Indian journal of veterinary science and animal husbandry - Volume 8,
Year: 1938
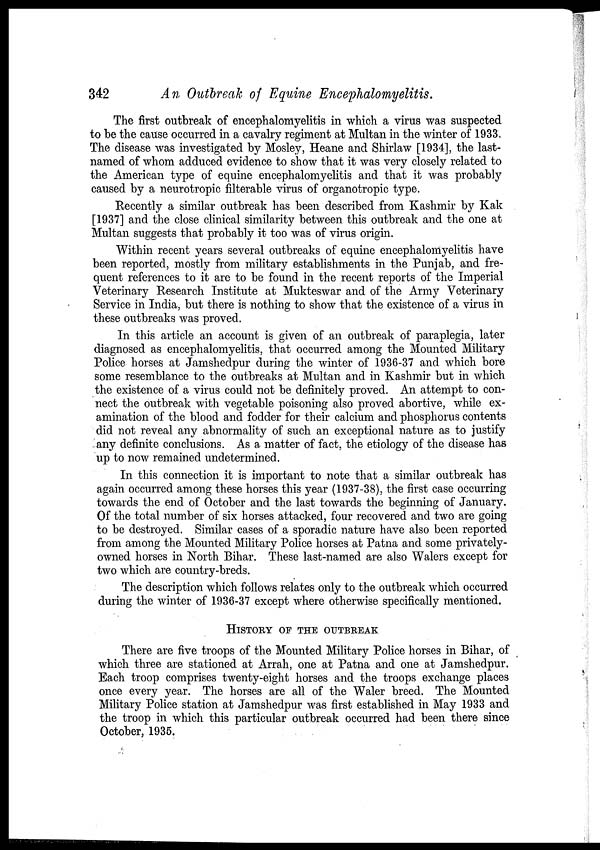
342
An Outbreak of Equine Encephalomyelitis.
The first outbreak of encephalomyelitis in which a virus was suspected
to be the cause occurred in a cavalry regiment at Multan in the winter of 1933
The disease was investigated by Mosley, Heane and Shirlaw [1934], the last-
named of whom adduced evidence to show that it was very closely related to
the American type of equine encephalomyelitis and that it was probably
caused by a neurotropic filterable virus of organotropic type.
Recently a similar outbreak has been described from Kashmir by Kak
[1937] and the close clinical similarity between this outbreak and the one at
Multan suggests that probably it too was of virus origin.
Within recent years several outbreaks of equine encephalomyelitis have
been reported, mostly from military establishments in the Punjab, and fre-
quent references to it are to be found in the recent reports of the Imperial
Veterinary Research Institute at Mukteswar and of the Army Veterinary
Service in India, but there is nothing to show that the existence of a virus in
these outbreaks was proved.
In this article an account is given of an outbreak of paraplegia, later
diagnosed as encephalomyelitis, that occurred among the Mounted Military
Police horses at Jamshedpur during the winter of 1936-37 and which bore
some resemblance to the outbreaks at Multan and in Kashmir but in which
the existence of a virus could not be definitely proved. An attempt to con-
nect the outbreak with vegetable poisoning also proved abortive, while ex-
amination of the blood and fodder for their calcium and phosphorus contents
did not reveal any abnormality of such an exceptional nature as to justify
any definite conclusions. As a matter of fact, the etiology of the disease has
up to now remained undetermined.
In this connection it is important to note that a similar outbreak has
again occurred among these horses this year (1937-38), the first case occurring
towards the end of October and the last towards the beginning of January.
Of the total number of six horses attacked, four recovered and two are going
to be destroyed. Similar cases of a sporadic nature have also been reported
from among the Mounted Military Police horses at Patna and some privately-
owned horses in North Bihar. These last-named are also Walers except for
two which are country-breds.
The description which follows relates only to the outbreak which occurred
during the winter of 1936-37 except where otherwise specifically mentioned.
HISTORY OF THE OUTBREAK
There are five troops of the Mounted Military Police horses in Bihar, of
which three are stationed at Arrah, one at Patna and one at Jamshedpur.
Each troop comprises twenty-eight horses and the troops exchange places
once every year. The horses are all of the Waler breed. The Mounted
Military Police station at Jamshedpur was first established in May 1933 and
the troop in which this particular outbreak occurred had been there since
October, 1935.